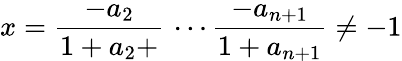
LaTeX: x={\frac{-a_{2}}{1+a_{2}+}}\, \cdots{\frac{-a_{n+1}}{1+a_{n+1}}}\neq-1